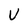
Character: U